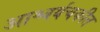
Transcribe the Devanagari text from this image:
आश्चर्यचकीत